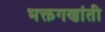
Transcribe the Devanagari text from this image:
भक्तगणांती